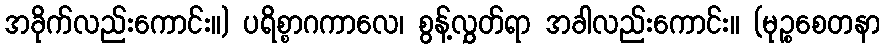
အခိုက်လည်းကောင်း။) ပရိစ္စာဂကာလေ၊ စွန့်လွှတ်ရာ အခါလည်းကောင်း။ (မုဉ္စစေတနာ